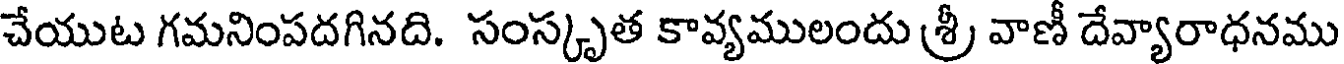
చేయుట గమనింపదగినది. సంస్కృత కావ్యములందు శ్రీ వాణీ దేవ్యారాధనము